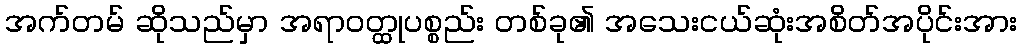
အက်တမ် ဆိုသည်မှာ အရာဝတ္ထုပစ္စည်း တစ်ခု၏ အသေးငယ်ဆုံးအစိတ်အပိုင်းအား